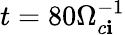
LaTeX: t=80\Omega_{c\mathbf{i}}^{-1}